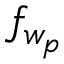
f _ { w _ { p } }